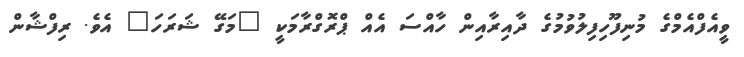
ވީއެފްއެމްގެ މުނިފޫހިފިލުވުމުގެ ދާއިރާއިން ހާއްސަ އެއް ޕްރޮގްރާމަކީ "މަގޭ ޝަރަހަ" އެވެ. ރިފްޝާން